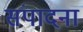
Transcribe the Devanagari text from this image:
संपादना